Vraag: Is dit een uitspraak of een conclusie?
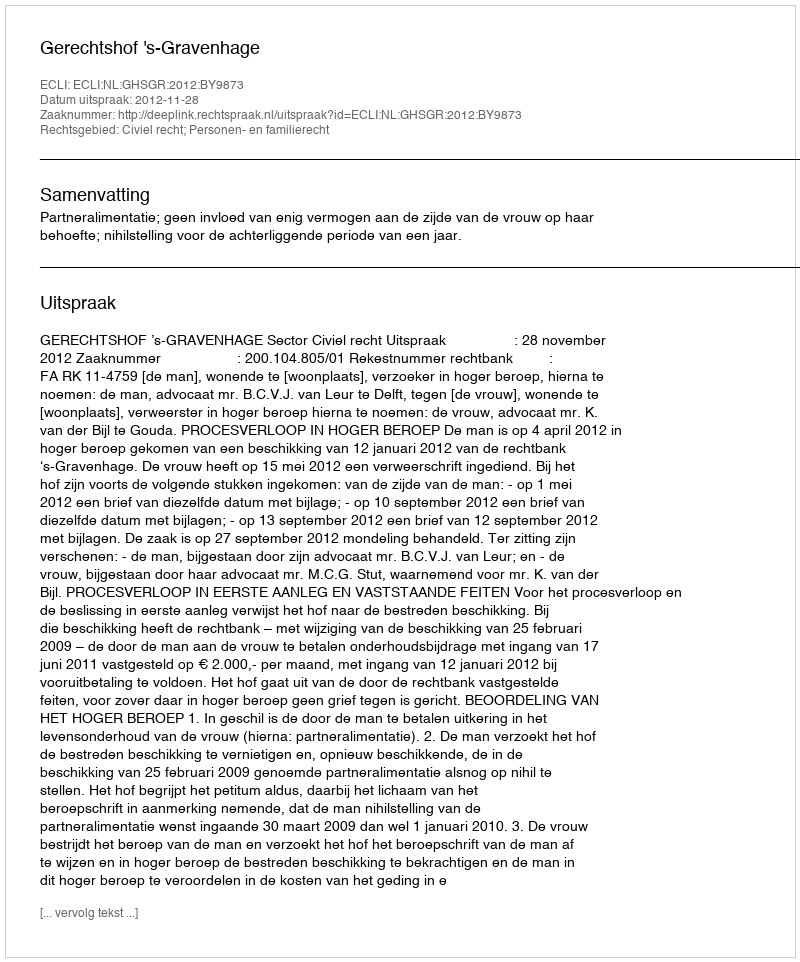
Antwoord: Uitspraak